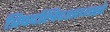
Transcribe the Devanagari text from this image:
त्रिपदस्त्रिदशाध्यक्षो